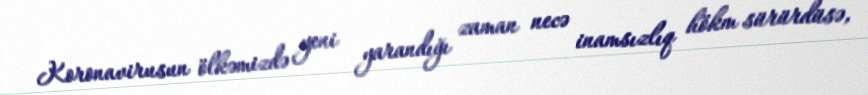
Koronavirusun ölkəmizdə yeni yarandığı zaman necə inamsızlıq hökm sürürdüsə,